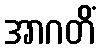
အာဂတိံ